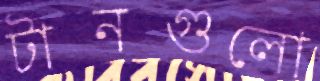
টানগুলো